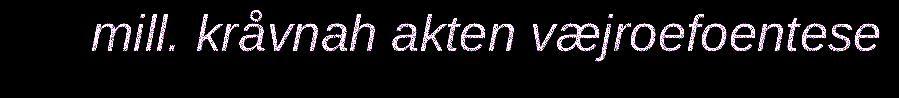
mill. kråvnah akten væjroefoentese